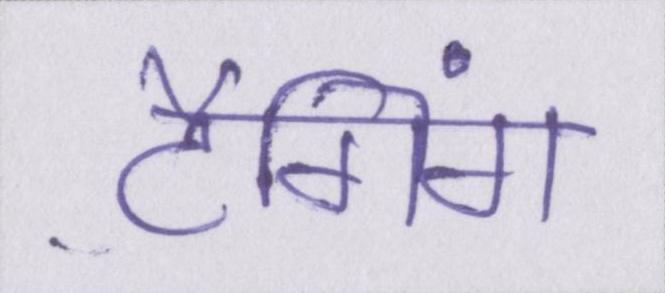
टैगिंग